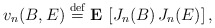
\begin{align*}v_{n}(B,E)\stackrel{\rm def}{=}{\bf E\,}\left[ J_{n}(B){\bf \,}J_{n}(E)\right] , \end{align*}